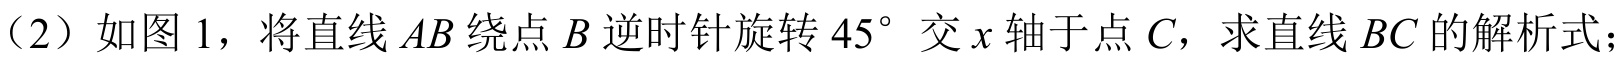
（2）如图 1，将直线\(AB\)绕点\(B\)逆时针旋转\(45^{\circ}\)交\(x\)轴于点\(C\)，求直线\(BC\)的解析式；